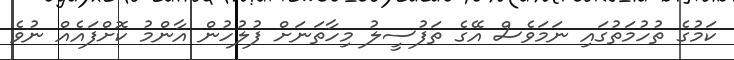
ކަމުގެ ތުހުމަތުގައި ނަމަވެސް އޭގެ ތަފުސީލު މިހާތަނަށް ފުލުހުން އާންމު ކޮށްފައެއް ނުވެ